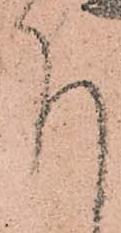
下